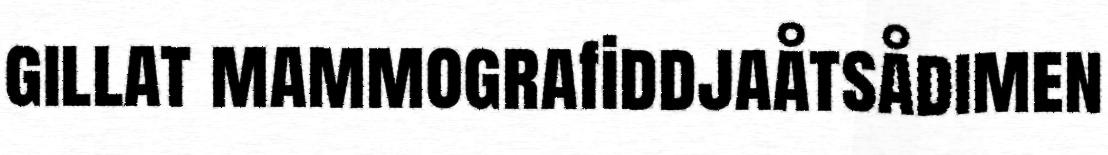
gillat mammografiddjaåtsådimen